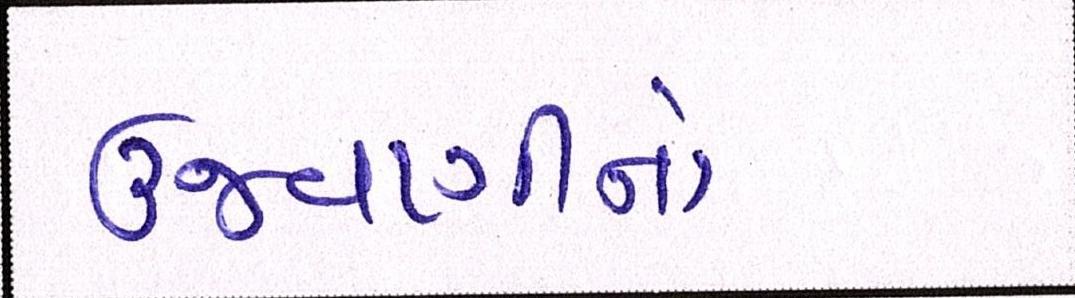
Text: ઉજવણીનો